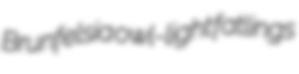
Brunfelsia owl-light fatlings